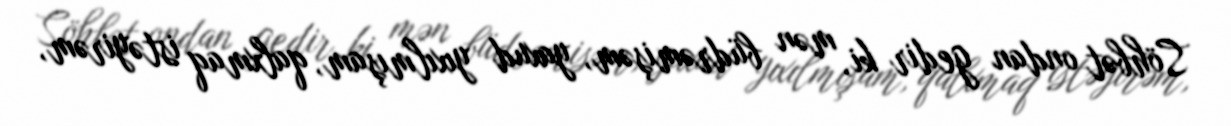
Söhbət ondan gedir ki, mən büdrəmişəm, yaxud yıxılmışam, qalxmaq istəyirəm,